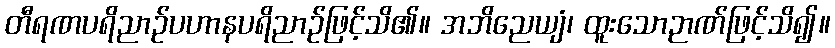
တီရဏပရိညာဉ်ပဟာနပရိညာဉ်ဖြင့်သိ၏။ အဘိညေယျံ၊ ထူးသောဉာဏ်ဖြင့်သိ၍။